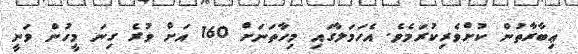
ޢިބާރާތުން ކުށްވެރިކުރަމެވެ. އެހަމަލާގައި މިހާތަނަށް 160 އަށް ވުރެ ގިނަ މީހުން ވަނީ